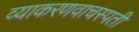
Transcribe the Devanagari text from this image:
व्याकरणवाचस्पती